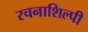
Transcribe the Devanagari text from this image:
रचनाशिल्पी